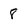
Character: 8